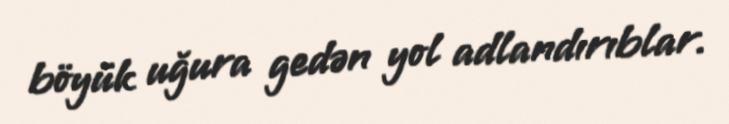
böyük uğura gedən yol adlandırıblar.